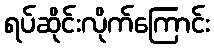
ရပ်ဆိုင်းလိုက်ကြောင်း